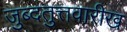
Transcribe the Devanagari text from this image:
जुब्दतुत्तवारीख